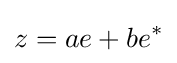
z=ae+be^{*}